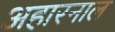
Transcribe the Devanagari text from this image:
अहारनाल